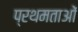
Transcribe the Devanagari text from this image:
प्रथमताओं